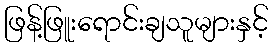
ဖြန့်ဖြူးရောင်းချသူများနှင့်